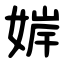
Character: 婩